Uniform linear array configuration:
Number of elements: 12
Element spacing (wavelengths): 1
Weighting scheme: kaiser
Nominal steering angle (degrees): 60
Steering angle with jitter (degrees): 60.581
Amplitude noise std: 0.05
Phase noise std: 0.05

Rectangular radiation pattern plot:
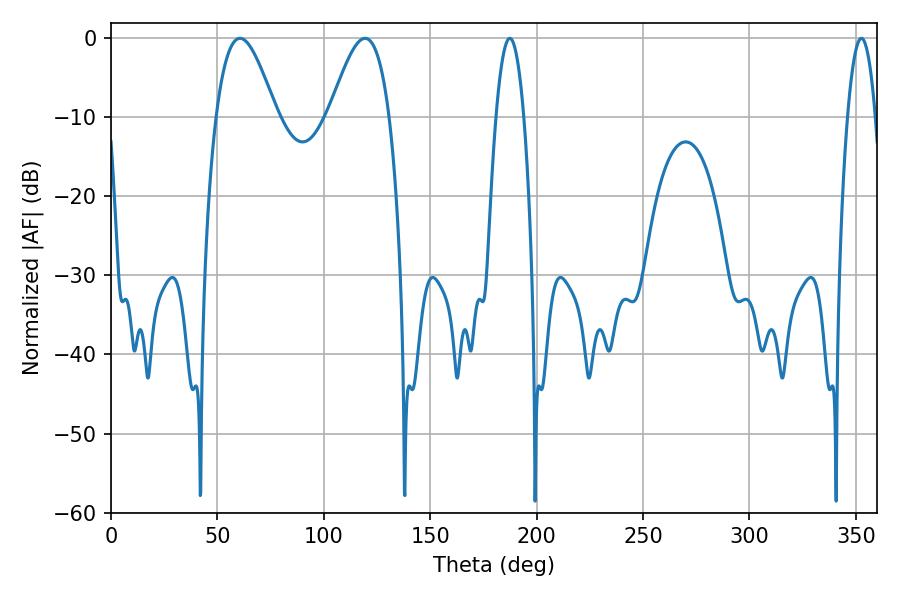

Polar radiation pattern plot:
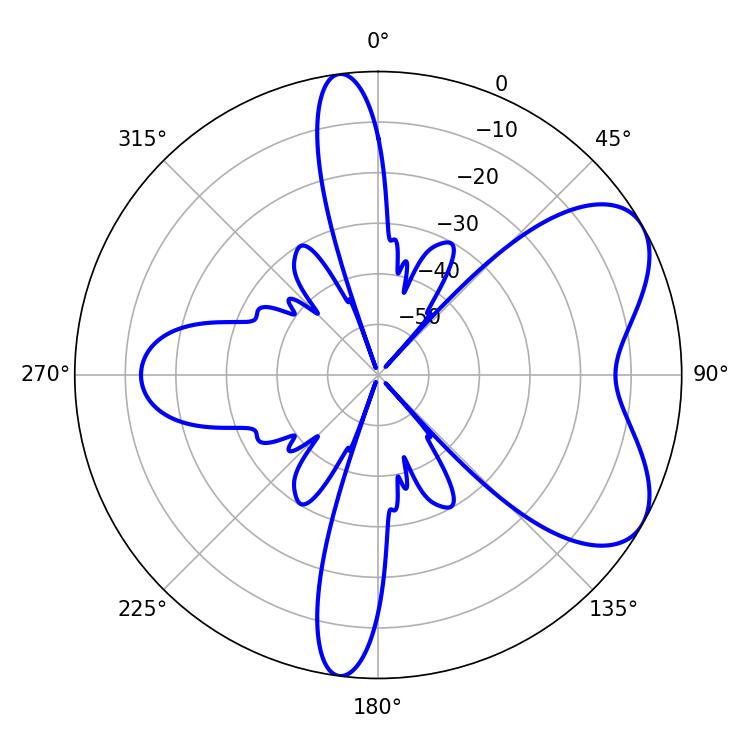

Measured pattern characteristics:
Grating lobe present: TRUE
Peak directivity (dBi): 6.218
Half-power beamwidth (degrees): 7.2
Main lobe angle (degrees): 187.38